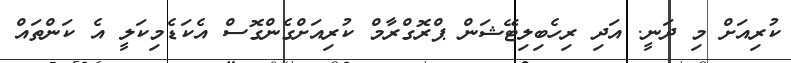
ކުރިއަށް މި ދަނީ. އަދި ރިހެބިލިޓޭޝަން ޕްރޮގްރާމް ކުރިއަށްގެންގޮސް އެކަޑެމިކަލީ އެ ކަންތައް